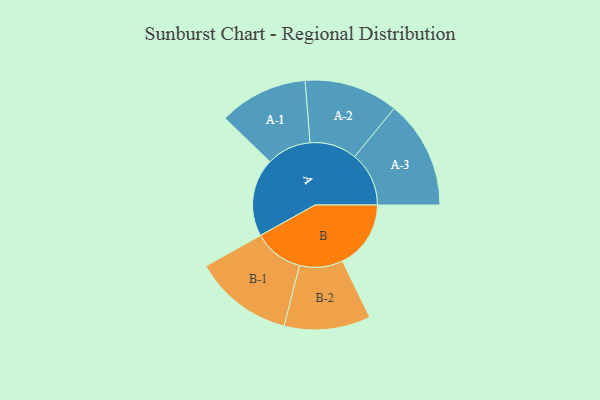
{"axis": {"x": "Segment", "y": "Value"}, "legend": ["", "A", "B"], "data": [{"x": "A", "y": 368, "type": ""}, {"x": "B", "y": 322, "type": ""}, {"x": "A-1", "y": 209, "type": "A"}, {"x": "A-2", "y": 221, "type": "A"}, {"x": "A-3", "y": 255, "type": "A"}, {"x": "B-1", "y": 234, "type": "B"}, {"x": "B-2", "y": 203, "type": "B"}]}